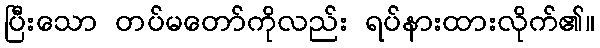
ပြီးသော တပ်မတော်ကိုလည်း ရပ်နားထားလိုက်၏။